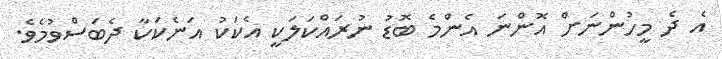
އެ ދެ މީހުންނަށް އޮންނަ އެންމެ ބޮޑު ނުރައްކަލަކީ އެކަކު އަނެކަކާ ދެބަސްވުމެވެ.